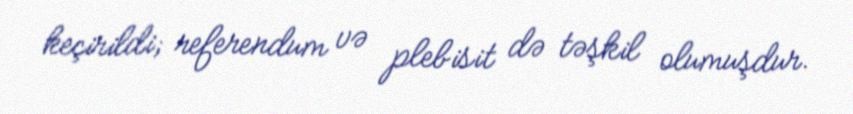
keçirildi; referendum və plebisit də təşkil olumuşdur.